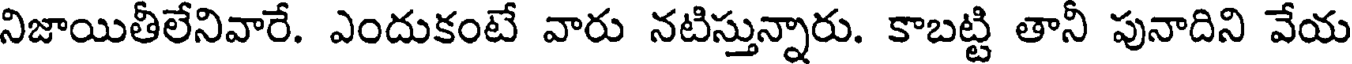
నిజాయితీలేనివారే. ఎందుకంటే వారు నటిస్తున్నారు. కాబట్టి తానీ పునాదిని వేయ